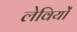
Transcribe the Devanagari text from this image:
लेवियों